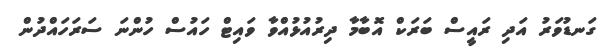
ގަނޑުވަރު އަދި ރައީސް ބަރަކް އޮބާމާ ދިރުއުޅުއްވާ ވައިޓް ހައުސް ހުންނަ ސަރަހައްދުން